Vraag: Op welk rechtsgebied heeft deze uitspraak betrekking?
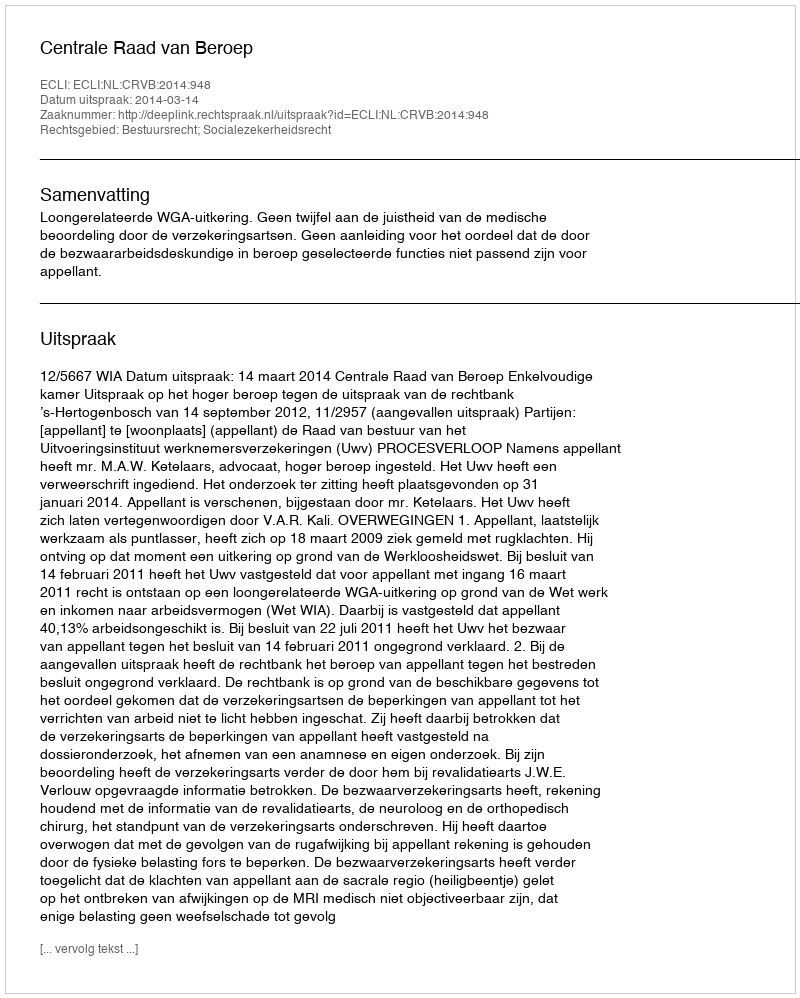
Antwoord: Bestuursrecht; Socialezekerheidsrecht